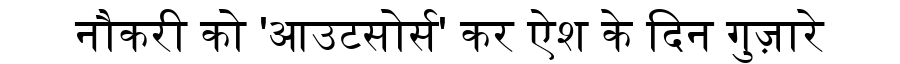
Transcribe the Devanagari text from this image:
नौकरी को 'आउटसोर्स' कर ऐश के दिन गुज़ारे